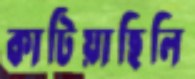
কাটিয়াছিলি